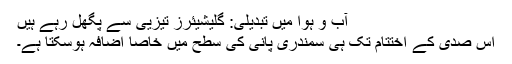
آب و ہوا میں تبدیلی: گلیشیئرز تیزیی سے پگھل رہے ہیں
اس صدی کے اختتام تک ہی سمندری پانی کی سطح ميں خاصا اضافہ ہوسکتا ہے۔